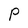
Character: P